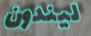
ليندون